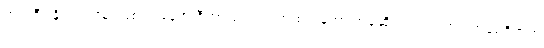
ဘရာဇီး နိုင်ငံတဝန်း ဖြစ်ပွားနေတဲ့ ဇီကာ ဗိုင်းရပ် ကူးစက်မှုဟာ အခုဆိုရင် လက်တင် အမေရိကက